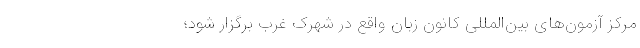
مرکز آزمون‌های بین‌المللی کانون زبان واقع در شهرک غرب برگزار شود؛